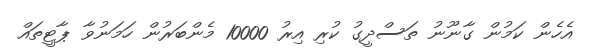
އެހެން ކަމުން ގާނޫނު ތަސްދީގު ކުރި އިރު 10000 މެންބަރުން ހަމަނުވާ ޕާޓީތައް